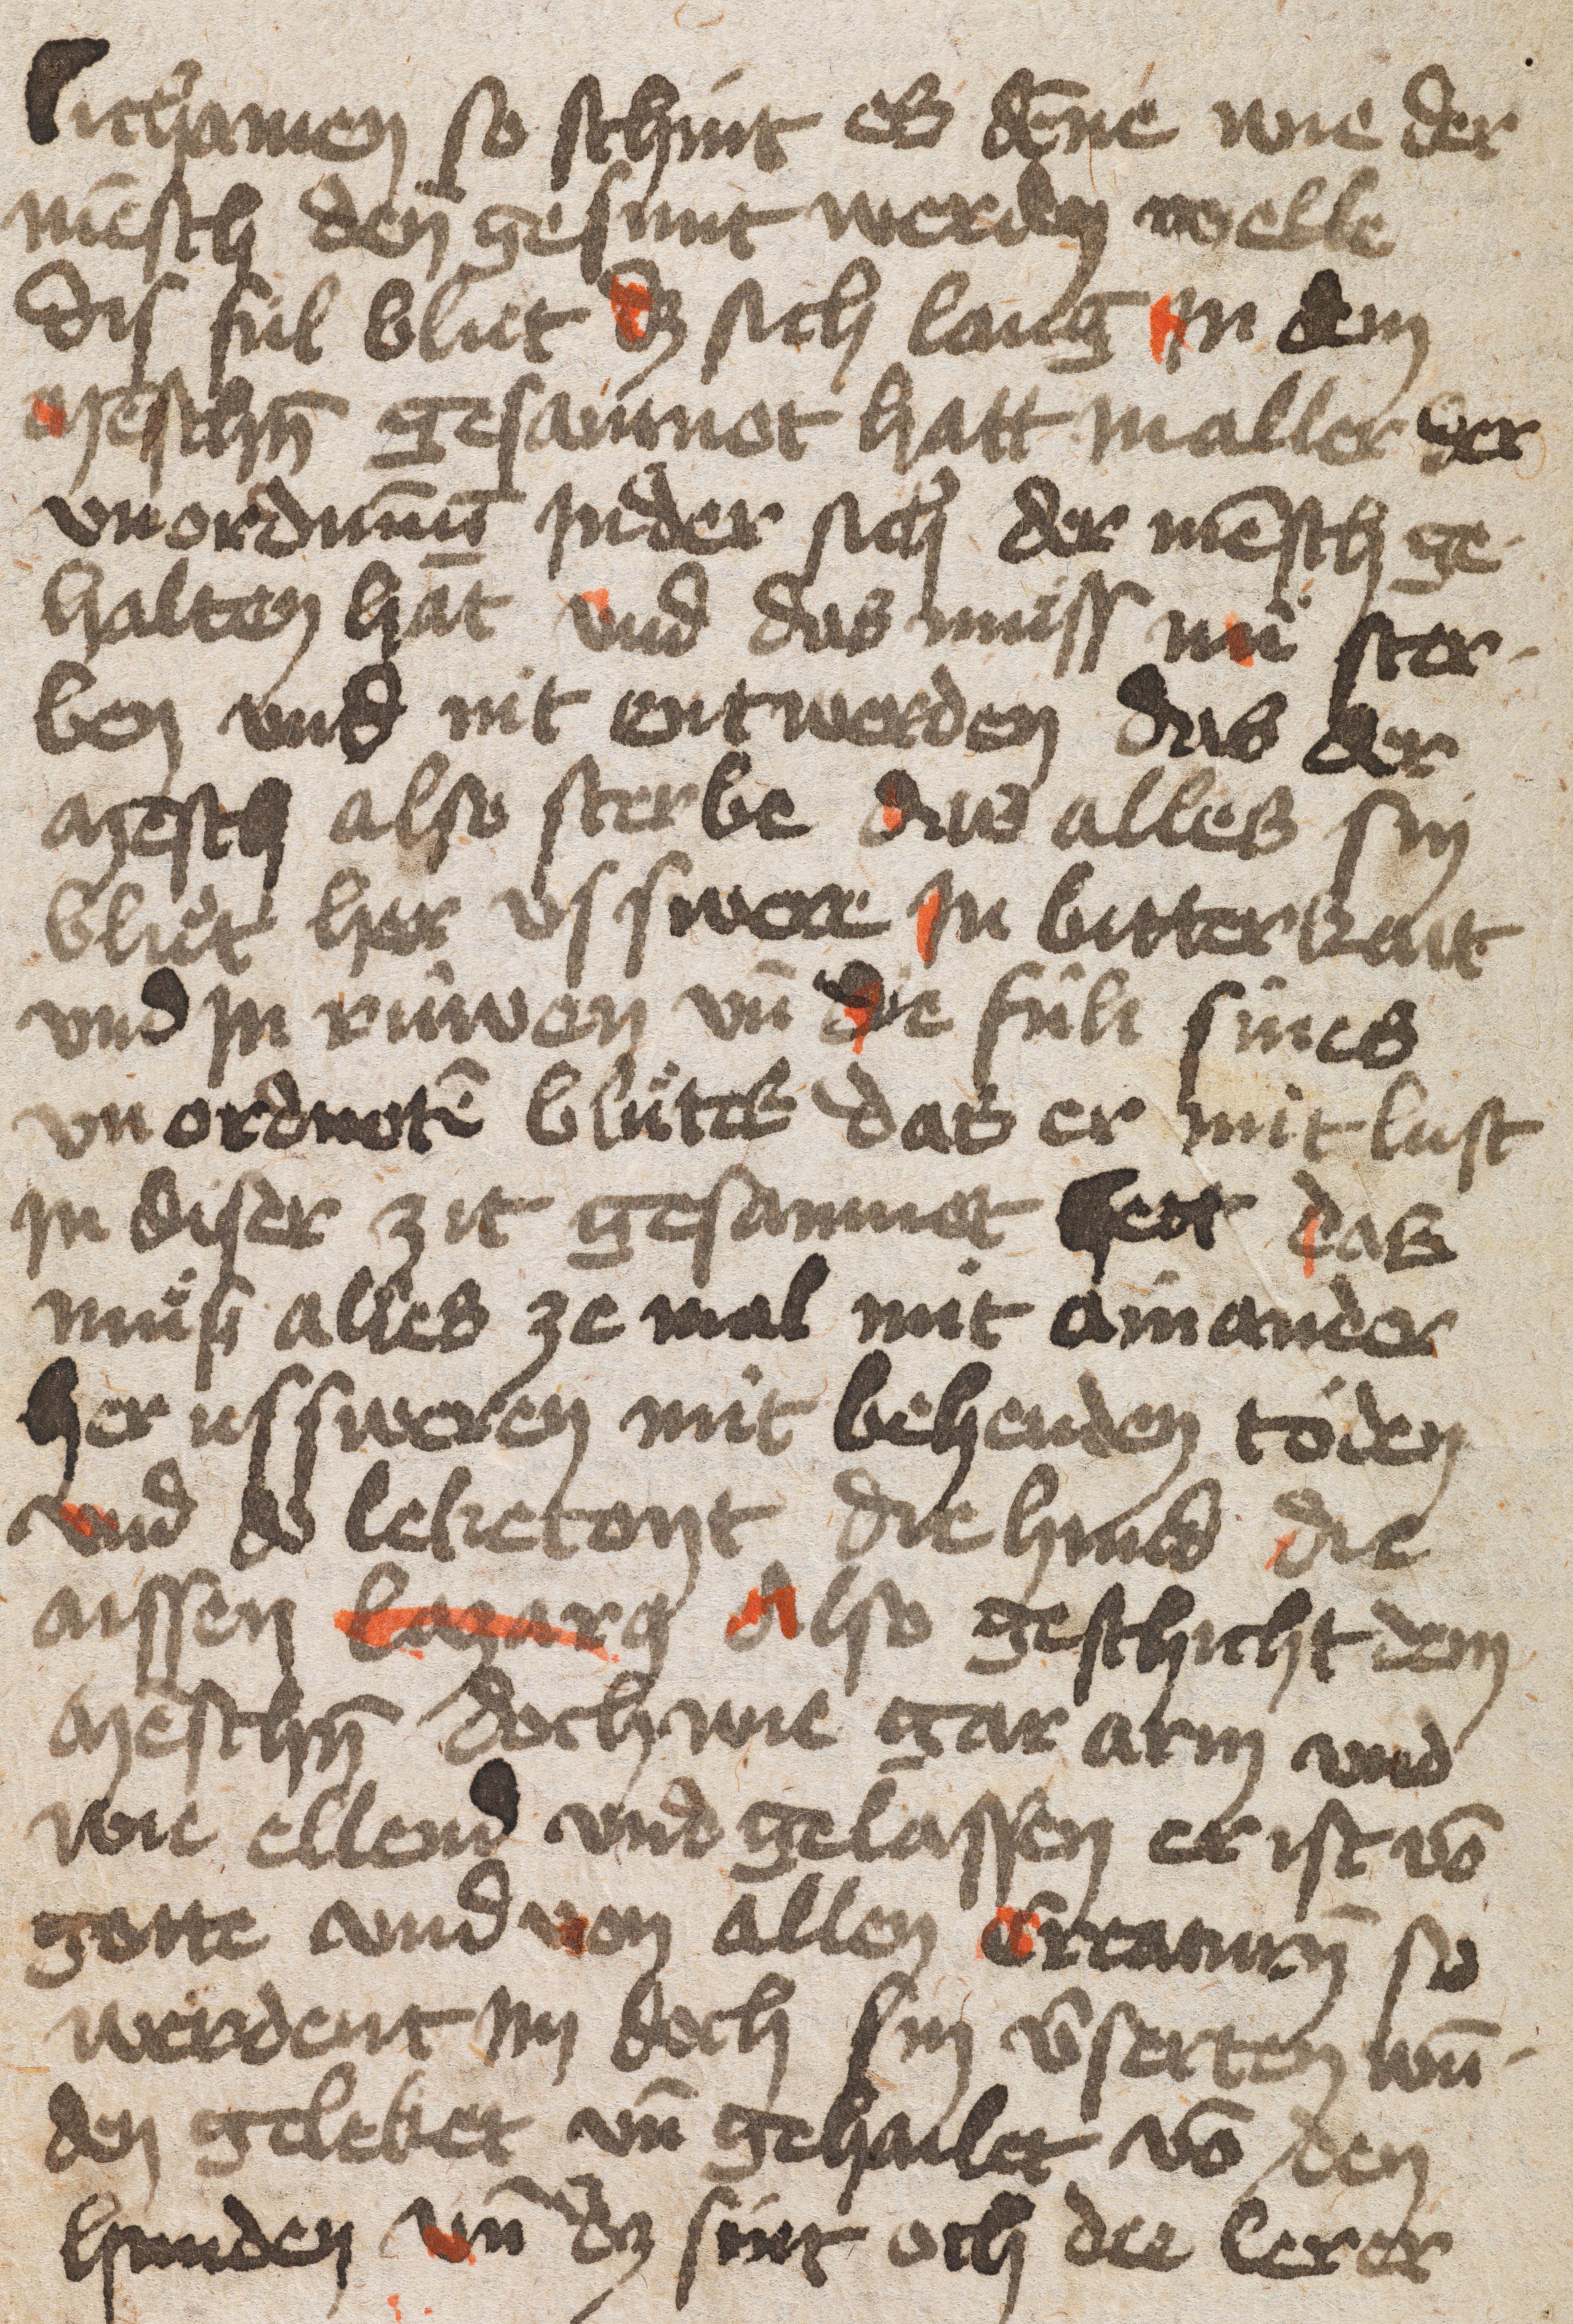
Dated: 1400–1499